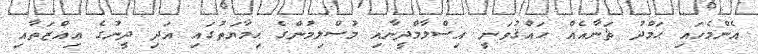
އެންމެހައި ޙަމްދު ޘަނާއެއް ޙައްޤުވަނީ އިސްލާމްދީނާއި މުސްލިމުންގެ ޙިމާޔަތުގައި އަދި ދީނުގެ ޢިއްޒަތާއި